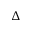
\Delta